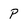
Character: p